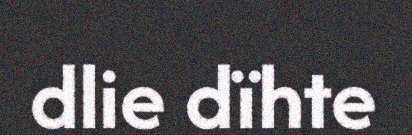
dlie dïhte